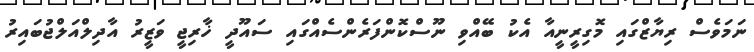
ނަމަވެސް ރިޔާޒްގައި މޮގިރީނީއާ އެކު ބޭއްވި ނޫސްކޮންފަރެންސެއްގައި ސައޫދީ ޚާރިޖީ ވަޒީރު އާދިލްއަލްޖުބައިރު